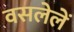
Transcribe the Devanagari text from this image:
वसलेलें